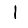
Digit: 1